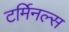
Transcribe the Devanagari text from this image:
टर्मिनल्‍स